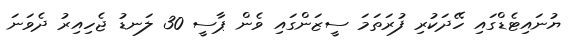
ޔުނައިޓެޑްގައި ހޭދަކުރި ފުރަތަމަ ސީޒަންގައި ވެން ޕާސީ 30 ލަނޑު ޖެހިއިރު ދެވަނަ